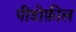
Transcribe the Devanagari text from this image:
पीडोफ़ील